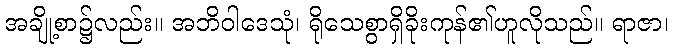
အချို့စာ၌လည်း။ အဘိဝါဒေသုံ၊ ရိုသေစွာရှိခိုးကုန်၏ဟူလိုသည်။ ရာဇာ၊